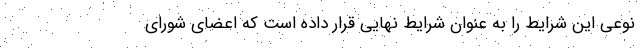
نوعی این شرایط را به عنوان شرایط نهایی قرار داده است که اعضای شورای